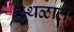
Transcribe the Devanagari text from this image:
स्थळात